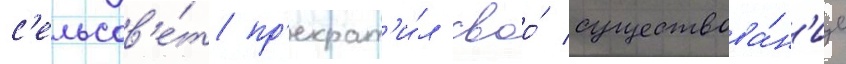
с'ельсов'е́т пр'екрат'и́л своо́ существова́н'ие